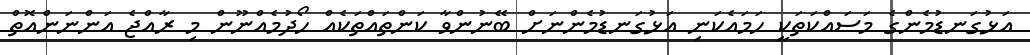
އަޅުގަނޑުމެންގެ މަސައްކަތަކީ ހަމައެކަނި އަޅުގަނޑުމެންނަށް ބޭނުންވާ ކަންތައްތަކެއް ހޯދުމެއްނޫން މި ރާއްޖެ އަންނަންއޮތް